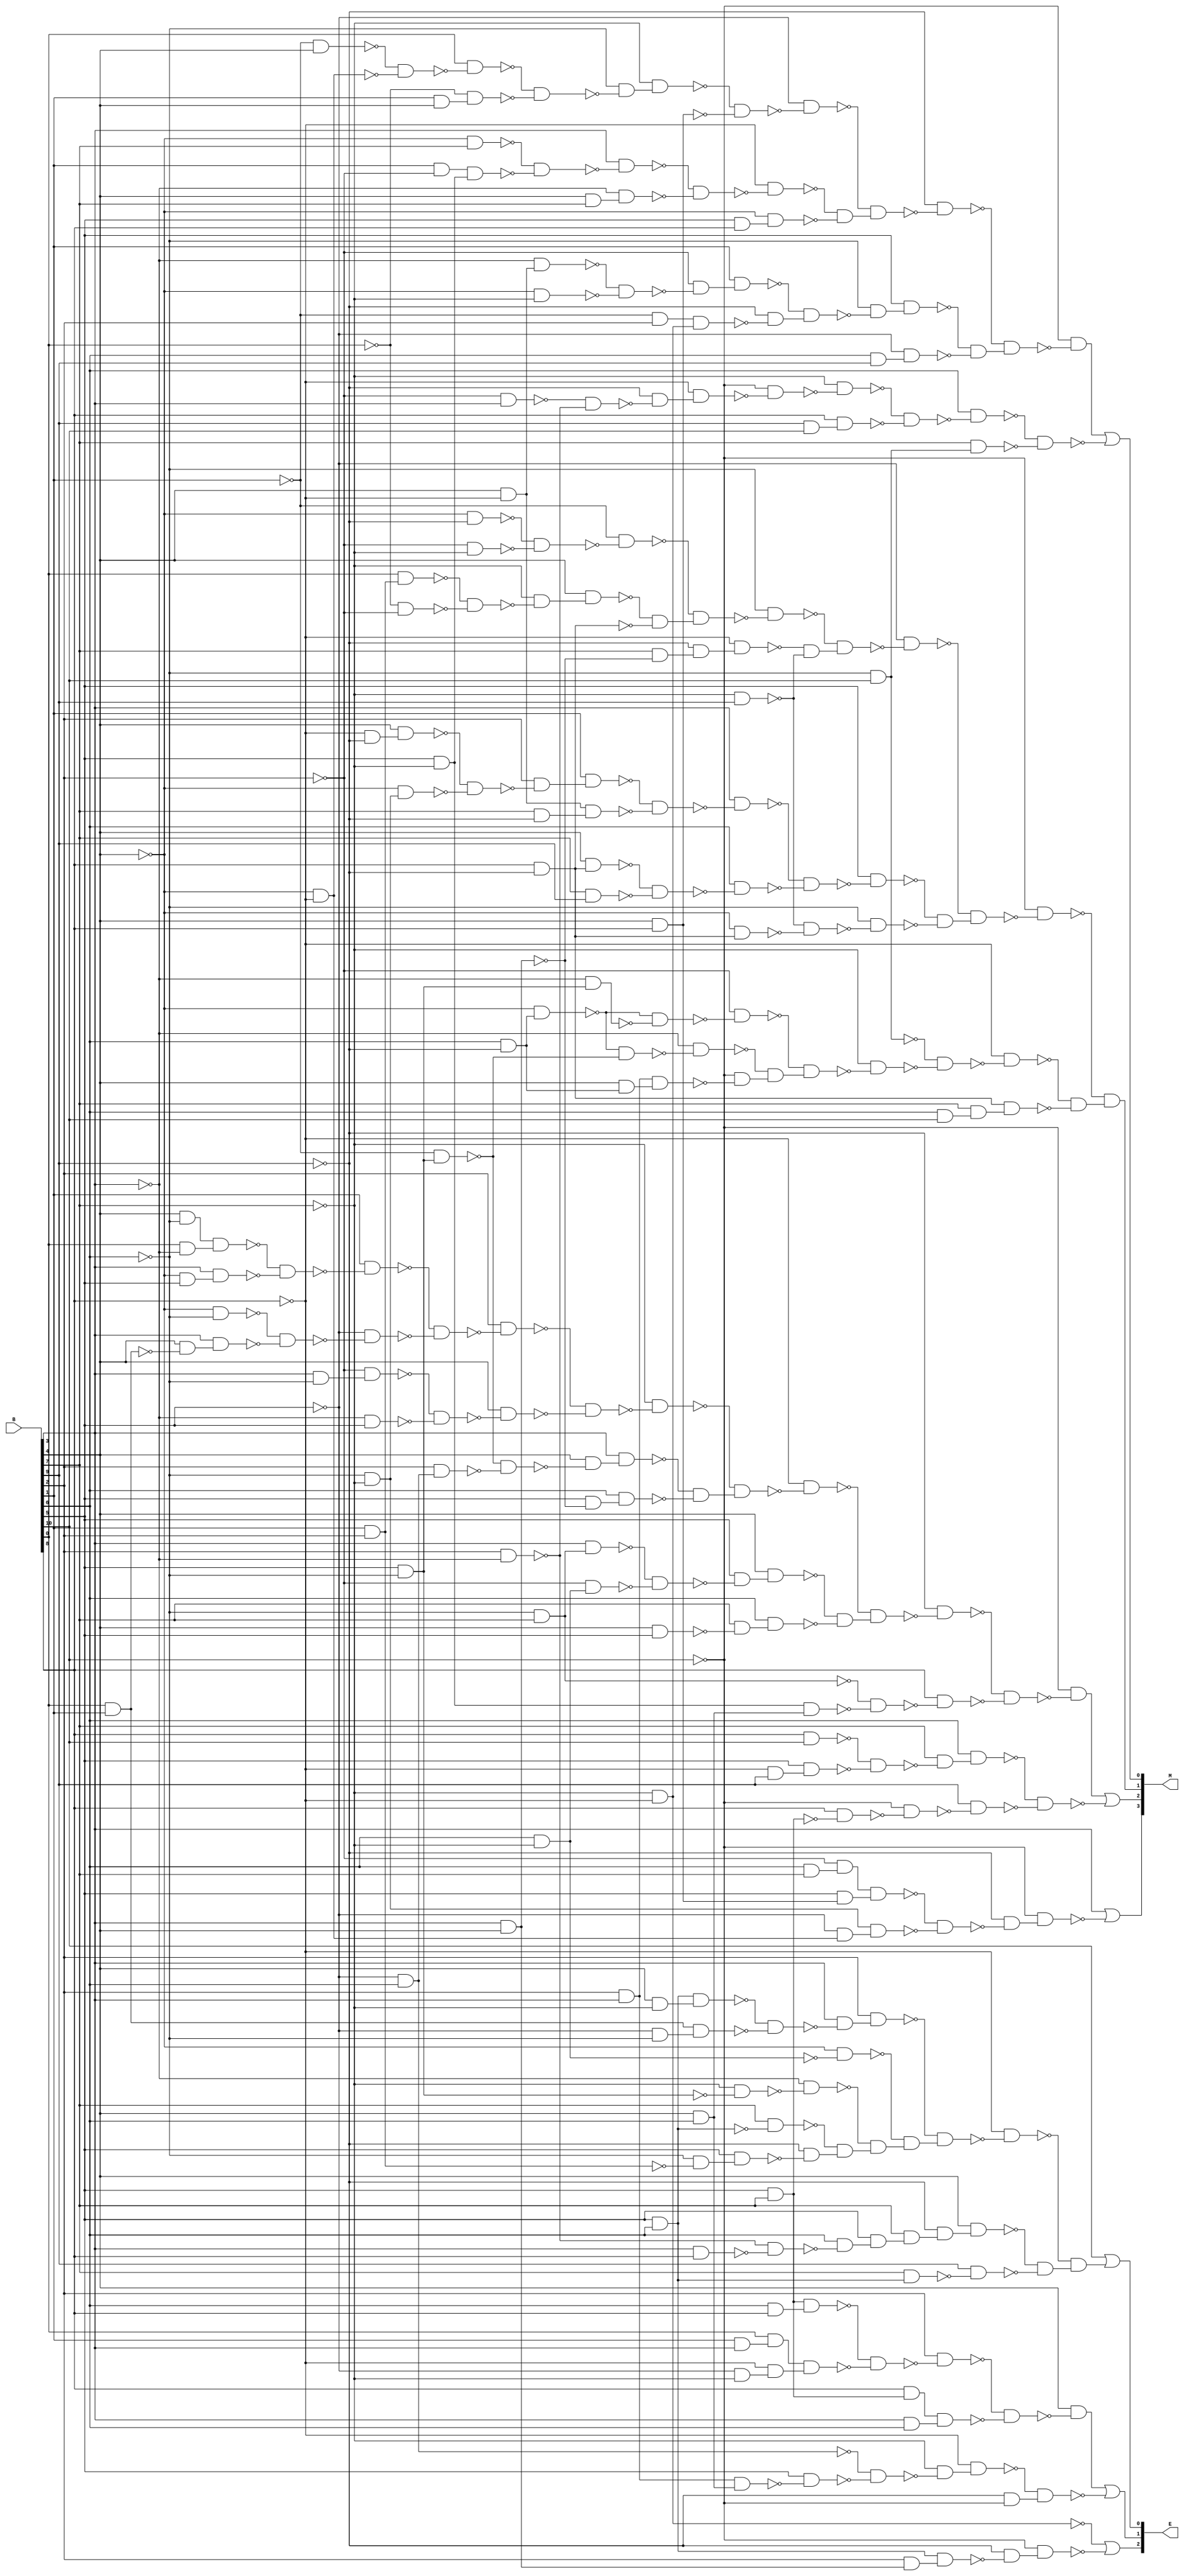
module int2float ( B , M , E   );
  input  [10:0] B ;
  output wire [3:0] M;
  output wire [2:0] E;
  wire n19, n20, n21, n22, n23, n24, n25, n26, n27, n28, n29, n30, n31, n32,
    n33, n34, n35, n36, n37, n38, n39, n40, n41, n42, n43, n44, n45, n46,
    n47, n48, n49, n50, n51, n52, n53, n54, n55, n56, n57, n58, n59, n60,
    n61, n62, n63, n64, n65, n66, n67, n68, n69, n70, n71, n72, n73, n74,
    n75, n76, n77, n79, n80, n81, n82, n83, n84, n85, n86, n87, n88, n89,
    n90, n91, n92, n93, n94, n95, n96, n97, n98, n99, n100, n101, n102,
    n103, n104, n105, n106, n107, n108, n109, n110, n111, n112, n113, n114,
    n115, n116, n117, n118, n119, n120, n121, n122, n123, n124, n125, n126,
    n127, n128, n129, n130, n131, n132, n133, n134, n135, n136, n137, n138,
    n139, n140, n141, n142, n143, n144, n145, n147, n148, n149, n150, n151,
    n152, n153, n154, n155, n156, n157, n158, n159, n160, n161, n162, n163,
    n164, n165, n166, n167, n168, n169, n170, n171, n172, n173, n174, n175,
    n176, n177, n178, n179, n180, n181, n182, n183, n184, n185, n186, n187,
    n188, n189, n190, n191, n192, n193, n194, n195, n196, n197, n198, n199,
    n200, n201, n202, n203, n204, n205, n206, n207, n208, n210, n211, n212,
    n213, n214, n215, n216, n217, n218, n220, n221, n222, n223, n224, n225,
    n226, n227, n228, n229, n230, n231, n232, n233, n234, n235, n236, n237,
    n238, n239, n240, n241, n242, n243, n244, n245, n246, n247, n248, n249,
    n250, n252, n253, n254, n255, n256, n257, n258, n259, n260, n261, n262,
    n263, n264, n265, n266, n267, n268, n269, n270, n271, n272, n274, n275,
    n276, n277;
  assign n19 = ~B[1]  & B[4] ;
  assign n20 = ~B[4]  & ~B[8] ;
  assign n21 = ~n19 & ~n20;
  assign n22 = B[0]  & ~n21;
  assign n23 = B[1]  & B[4] ;
  assign n24 = ~B[0]  & n23;
  assign n25 = ~n22 & ~n24;
  assign n26 = ~B[6]  & ~n25;
  assign n27 = ~B[7]  & n26;
  assign n28 = B[4]  & B[8] ;
  assign n29 = ~n27 & ~n28;
  assign n30 = ~B[5]  & ~n29;
  assign n31 = ~B[4]  & B[7] ;
  assign n32 = B[1]  & ~B[2] ;
  assign n33 = B[5]  & ~B[7] ;
  assign n34 = n32 & n33;
  assign n35 = ~n31 & ~n34;
  assign n36 = B[3]  & ~n35;
  assign n37 = B[4]  & B[7] ;
  assign n38 = ~B[3]  & n37;
  assign n39 = ~n36 & ~n38;
  assign n40 = ~B[8]  & ~n39;
  assign n41 = B[5]  & B[8] ;
  assign n42 = ~B[4]  & n41;
  assign n43 = ~n40 & ~n42;
  assign n44 = ~n30 & n43;
  assign n45 = ~B[9]  & ~n44;
  assign n46 = B[4]  & ~B[8] ;
  assign n47 = ~B[3]  & n46;
  assign n48 = ~B[4]  & ~B[7] ;
  assign n49 = ~n47 & ~n48;
  assign n50 = ~B[2]  & ~n49;
  assign n51 = B[1]  & n50;
  assign n52 = ~B[1]  & B[2] ;
  assign n53 = ~B[7]  & ~B[8] ;
  assign n54 = n52 & n53;
  assign n55 = ~B[9]  & ~n54;
  assign n56 = ~n51 & n55;
  assign n57 = ~B[6]  & ~n56;
  assign n58 = B[5]  & n57;
  assign n59 = B[6]  & B[9] ;
  assign n60 = ~B[5]  & n59;
  assign n61 = ~n58 & ~n60;
  assign n62 = ~n45 & n61;
  assign n63 = ~B[10]  & ~n62;
  assign n64 = ~B[2]  & B[3] ;
  assign n65 = B[2]  & ~B[3] ;
  assign n66 = ~n64 & ~n65;
  assign n67 = ~B[9]  & ~n66;
  assign n68 = ~B[8]  & n67;
  assign n69 = ~B[10]  & ~n68;
  assign n70 = ~B[7]  & ~n69;
  assign n71 = B[9]  & B[10] ;
  assign n72 = B[8]  & n71;
  assign n73 = ~n70 & ~n72;
  assign n74 = B[6]  & ~n73;
  assign n75 = ~B[6]  & B[10] ;
  assign n76 = B[7]  & n75;
  assign n77 = ~n74 & ~n76;
  assign M[0]  = n63 | ~n77;
  assign n79 = ~B[4]  & ~B[9] ;
  assign n80 = ~B[2]  & ~B[7] ;
  assign n81 = ~n79 & ~n80;
  assign n82 = ~B[1]  & ~n81;
  assign n83 = B[1]  & B[2] ;
  assign n84 = B[0]  & n83;
  assign n85 = ~B[0]  & ~B[2] ;
  assign n86 = ~n84 & ~n85;
  assign n87 = ~B[7]  & ~n86;
  assign n88 = B[4]  & n87;
  assign n89 = B[8]  & ~B[9] ;
  assign n90 = ~n88 & ~n89;
  assign n91 = ~n82 & n90;
  assign n92 = ~B[6]  & ~n91;
  assign n93 = B[3]  & B[4] ;
  assign n94 = B[7]  & ~n93;
  assign n95 = ~B[9]  & n94;
  assign n96 = ~B[8]  & n95;
  assign n97 = ~B[7]  & B[9] ;
  assign n98 = ~n96 & ~n97;
  assign n99 = ~n92 & n98;
  assign n100 = ~B[5]  & ~n99;
  assign n101 = ~B[8]  & ~B[9] ;
  assign n102 = B[4]  & n101;
  assign n103 = ~B[6]  & ~B[7] ;
  assign n104 = ~B[4]  & n103;
  assign n105 = ~n102 & ~n104;
  assign n106 = B[2]  & ~n105;
  assign n107 = B[1]  & n106;
  assign n108 = B[7]  & ~B[9] ;
  assign n109 = n46 & n108;
  assign n110 = ~n107 & ~n109;
  assign n111 = B[3]  & ~n110;
  assign n112 = B[4]  & n89;
  assign n113 = B[7]  & B[9] ;
  assign n114 = ~n112 & ~n113;
  assign n115 = B[6]  & ~n114;
  assign n116 = ~n111 & ~n115;
  assign n117 = B[5]  & ~n116;
  assign n118 = ~B[4]  & n89;
  assign n119 = ~n97 & ~n118;
  assign n120 = ~B[6]  & ~n119;
  assign n121 = ~n117 & ~n120;
  assign n122 = ~n100 & n121;
  assign n123 = ~B[10]  & ~n122;
  assign n124 = B[6]  & ~B[9] ;
  assign n125 = ~B[4]  & n124;
  assign n126 = B[5]  & ~B[6] ;
  assign n127 = ~B[3]  & n126;
  assign n128 = ~n125 & ~n127;
  assign n129 = ~B[2]  & ~n128;
  assign n130 = ~B[1]  & n126;
  assign n131 = ~n125 & ~n130;
  assign n132 = ~B[3]  & ~n131;
  assign n133 = B[2]  & B[3] ;
  assign n134 = B[4]  & n124;
  assign n135 = n133 & n134;
  assign n136 = ~B[10]  & ~n135;
  assign n137 = ~n132 & n136;
  assign n138 = ~n129 & n137;
  assign n139 = ~B[7]  & ~n138;
  assign n140 = ~n75 & ~n139;
  assign n141 = ~B[8]  & ~n140;
  assign n142 = B[6]  & B[10] ;
  assign n143 = B[7]  & n142;
  assign n144 = n89 & n143;
  assign n145 = ~n141 & ~n144;
  assign M[1]  = ~n123 & n145;
  assign n147 = B[4]  & ~B[6] ;
  assign n148 = B[0]  & ~B[3] ;
  assign n149 = n147 & n148;
  assign n150 = ~B[4]  & B[5] ;
  assign n151 = B[3]  & n150;
  assign n152 = ~n149 & ~n151;
  assign n153 = B[1]  & ~n152;
  assign n154 = ~B[4]  & ~B[6] ;
  assign n155 = B[0]  & B[1] ;
  assign n156 = B[4]  & ~n155;
  assign n157 = B[3]  & n156;
  assign n158 = ~n154 & ~n157;
  assign n159 = ~B[5]  & ~n158;
  assign n160 = ~n153 & ~n159;
  assign n161 = B[2]  & ~n160;
  assign n162 = B[3]  & ~B[6] ;
  assign n163 = ~B[2]  & n162;
  assign n164 = ~B[3]  & B[5] ;
  assign n165 = ~n163 & ~n164;
  assign n166 = B[4]  & ~n165;
  assign n167 = ~n161 & ~n166;
  assign n168 = ~B[7]  & ~n167;
  assign n169 = ~B[5]  & B[6] ;
  assign n170 = B[2]  & n169;
  assign n171 = ~n130 & ~n170;
  assign n172 = B[4]  & ~n171;
  assign n173 = B[3]  & n172;
  assign n174 = B[5]  & ~n93;
  assign n175 = B[6]  & n174;
  assign n176 = ~n173 & ~n175;
  assign n177 = ~n168 & n176;
  assign n178 = ~B[8]  & ~n177;
  assign n179 = ~B[6]  & B[7] ;
  assign n180 = B[3]  & n179;
  assign n181 = B[6]  & ~B[7] ;
  assign n182 = ~B[2]  & n181;
  assign n183 = ~n180 & ~n182;
  assign n184 = B[5]  & ~n183;
  assign n185 = B[4]  & n184;
  assign n186 = B[4]  & B[5] ;
  assign n187 = B[7]  & ~n186;
  assign n188 = B[6]  & n187;
  assign n189 = ~n185 & ~n188;
  assign n190 = ~n178 & n189;
  assign n191 = ~B[9]  & ~n190;
  assign n192 = B[4]  & B[6] ;
  assign n193 = n33 & n192;
  assign n194 = ~n179 & ~n193;
  assign n195 = B[8]  & ~n194;
  assign n196 = ~n191 & ~n195;
  assign n197 = ~B[10]  & ~n196;
  assign n198 = B[8]  & B[10] ;
  assign n199 = ~B[8]  & B[9] ;
  assign n200 = B[5]  & n199;
  assign n201 = ~n198 & ~n200;
  assign n202 = B[7]  & ~n201;
  assign n203 = B[6]  & n202;
  assign n204 = B[5]  & B[7] ;
  assign n205 = B[8]  & ~n204;
  assign n206 = ~B[10]  & ~n205;
  assign n207 = B[9]  & ~n206;
  assign n208 = ~n203 & ~n207;
  assign M[2]  = n197 | ~n208;
  assign n210 = B[6]  & B[7] ;
  assign n211 = ~B[2]  & n210;
  assign n212 = B[5]  & n28;
  assign n213 = n211 & n212;
  assign n214 = ~B[5]  & n20;
  assign n215 = n103 & n214;
  assign n216 = ~n213 & ~n215;
  assign n217 = ~B[9]  & ~n216;
  assign n218 = ~B[10]  & n217;
  assign M[3]  = B[3]  | ~n218;
  assign n220 = B[5]  & B[6] ;
  assign n221 = B[4]  & ~B[7] ;
  assign n222 = n220 & n221;
  assign n223 = ~B[5]  & ~B[6] ;
  assign n224 = n155 & n223;
  assign n225 = ~n222 & ~n224;
  assign n226 = B[3]  & ~n225;
  assign n227 = B[2]  & n226;
  assign n228 = ~B[4]  & ~n181;
  assign n229 = ~B[7]  & ~n126;
  assign n230 = ~B[3]  & ~n229;
  assign n231 = B[7]  & ~n220;
  assign n232 = ~B[6]  & ~n83;
  assign n233 = B[5]  & n232;
  assign n234 = ~B[9]  & ~n233;
  assign n235 = ~n231 & n234;
  assign n236 = ~n230 & n235;
  assign n237 = ~n228 & n236;
  assign n238 = ~n227 & n237;
  assign n239 = ~B[8]  & ~n238;
  assign n240 = B[3]  & B[8] ;
  assign n241 = ~n65 & ~n240;
  assign n242 = B[6]  & ~n241;
  assign n243 = B[5]  & n242;
  assign n244 = B[7]  & n243;
  assign n245 = ~B[9]  & n244;
  assign n246 = B[4]  & n245;
  assign n247 = B[7]  & n220;
  assign n248 = B[9]  & ~n247;
  assign n249 = ~n246 & ~n248;
  assign n250 = ~n239 & n249;
  assign E[0]  = B[10]  | n250;
  assign n252 = B[6]  & B[8] ;
  assign n253 = n204 & n252;
  assign n254 = B[1]  & B[3] ;
  assign n255 = B[0]  & n254;
  assign n256 = ~B[5]  & ~B[7] ;
  assign n257 = ~B[8]  & n256;
  assign n258 = n255 & n257;
  assign n259 = ~n253 & ~n258;
  assign n260 = B[2]  & ~n259;
  assign n261 = B[8]  & n204;
  assign n262 = B[3]  & B[6] ;
  assign n263 = n261 & n262;
  assign n264 = ~n260 & ~n263;
  assign n265 = B[4]  & ~n264;
  assign n266 = n133 & n192;
  assign n267 = B[5]  & ~n266;
  assign n268 = ~n169 & ~n267;
  assign n269 = ~B[7]  & ~n268;
  assign n270 = ~B[8]  & n269;
  assign n271 = ~B[9]  & ~B[10] ;
  assign n272 = ~n270 & n271;
  assign E[1]  = n265 | ~n272;
  assign n274 = B[2]  & n93;
  assign n275 = n220 & n274;
  assign n276 = ~B[9]  & ~n275;
  assign n277 = ~B[10]  & n276;
  assign E[2]  = ~n53 | ~n277;
endmodule